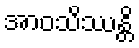
အာဝသိဿန္တိ